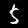
Label: 5